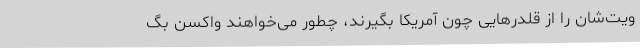
ویت‌شان را از قلدرهایی چون آمریکا بگیرند، چطور می‌خواهند واکسن بگ